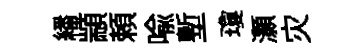
繙顓頼喩塹瓊灝灾